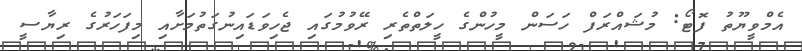
އެމްވީޔޫތު ފޮޓޯ: މުޝައްރަފް ހަސަން މީހުންގެ ހީލަތްތެރި ރޭވުމުގައި ޖެހިވަޑައިނުގަތުމަށާއި މިފަހަރުގެ ރިޔާސީ